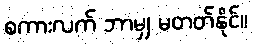
စကားလက် ဘာမျှ မတတ်နိုင်။